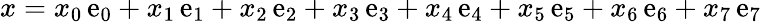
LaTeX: x=x_{0}\, \mathrm{e}_{0}+x_{1}\, \mathrm{e}_{1}+x_{2}\, \mathrm{e}_{2}+x_{3}\, \mathrm{e}_{3}+x_{4}\, \mathrm{e}_{4}+x_{5}\, \mathrm{e}_{5}+x_{6}\, \mathrm{e}_{6}+x_{7}\, \mathrm{e}_{7}